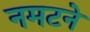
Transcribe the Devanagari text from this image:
नमटने